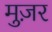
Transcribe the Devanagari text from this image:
मुज़र